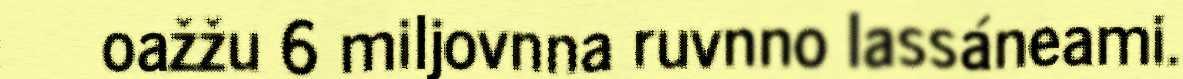
oažžu 6 miljovnna ruvnno lassáneami.